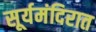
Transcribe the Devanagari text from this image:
सूर्यमंदिरात